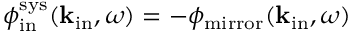
\phi _ { \mathrm { i n } } ^ { \mathrm { s y s } } ( { \bf k } _ { \mathrm { i n } } , \omega ) = - \phi _ { \mathrm { m i r r o r } } ( { \bf k } _ { \mathrm { i n } } , \omega )